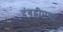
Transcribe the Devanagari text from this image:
दंबद्वीपचा